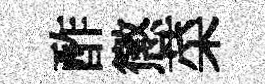
酢懲菜